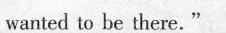
wanted to be there.